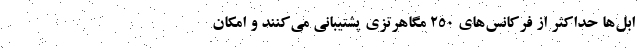
ابل‌ها حداکثر از فرکانس‌های 250 مگاهرتزی پشتیبانی می‌کنند و امکان